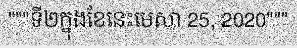
"""ទី២ក្នុងខែនេះមេសា 25, 2020"""